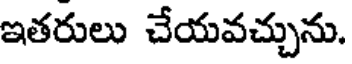
ఇతరులు చేయవచ్చును.